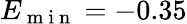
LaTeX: E_{\mathrm{~m~i~n~}}=-0.35